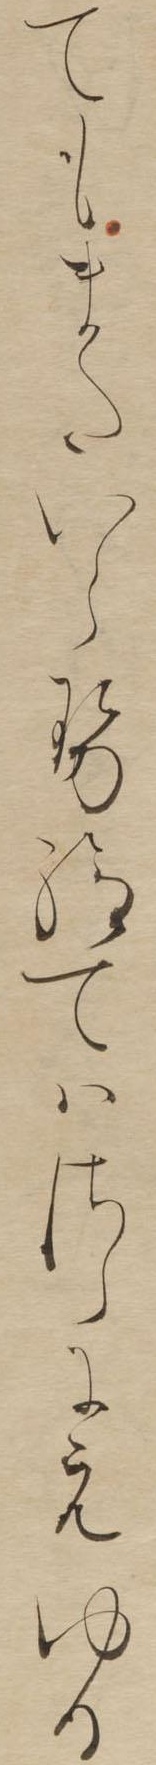
てもまたいらせ給てはさらにえゆる